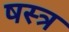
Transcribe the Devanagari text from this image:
षस्त्र